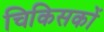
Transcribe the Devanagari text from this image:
चिकिसकों